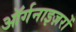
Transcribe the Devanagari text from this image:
ऑर्गनाइज़रों